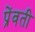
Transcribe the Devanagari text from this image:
प्रेंवती